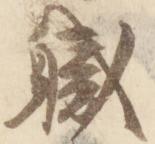
職